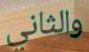
والثاني